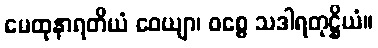
မေထုနာရတိယံ ဝေယျာ၊ ဝစ္စေ သဒါရတုဋ္ဌိယံ။